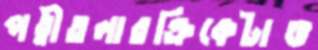
পত্নীতলারক্রিকেটাঙ